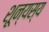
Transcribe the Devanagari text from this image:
शून्यस्य